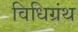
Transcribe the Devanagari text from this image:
विधिग्रंथ